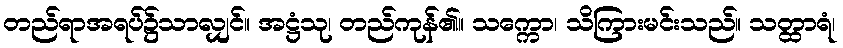
တည်ရာအရပ်၌သာလျှင်။ အဋ္ဌံသု၊ တည်ကုန်၏။ သက္ကော၊ သိကြားမင်းသည်။ သတ္ထာရံ၊